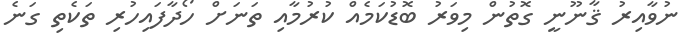
ނުވާއިރު ޤާނޫނީ ގޮތުން މިވަރު ބޮޑުކަމެއް ކުރުމާއި ތަނަށް ހޯދާފައިހުރި ތަކެތި ގަނެ